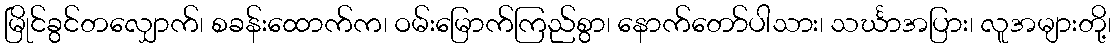
မြိုင်ခွင်တလျှောက်၊ စခန်းထောက်က၊ ဝမ်းမြောက်ကြည်စွာ၊ နောက်တော်ပါသား၊ သင်္ဃာအပြား၊ လူအများတို့၊